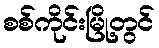
စစ်ကိုင်းမြို့တွင်